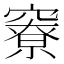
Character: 竂